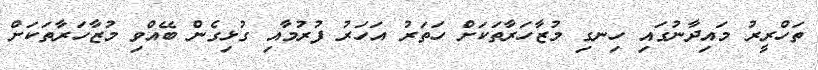
ތަހްރީރު މައިދާނުގައި ހިނގި މުޒާހަރާތަކަށް ހަތަރު އަހަރު ފުރުމާއި ގުޅިގެން ބޭއްވި މުޒާހަރާތަކަށް